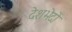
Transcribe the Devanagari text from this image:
देशभेदों